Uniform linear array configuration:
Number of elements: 24
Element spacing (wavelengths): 0.5
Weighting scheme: binomial
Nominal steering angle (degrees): -60
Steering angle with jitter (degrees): -59.455
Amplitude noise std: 0.05
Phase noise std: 0.05

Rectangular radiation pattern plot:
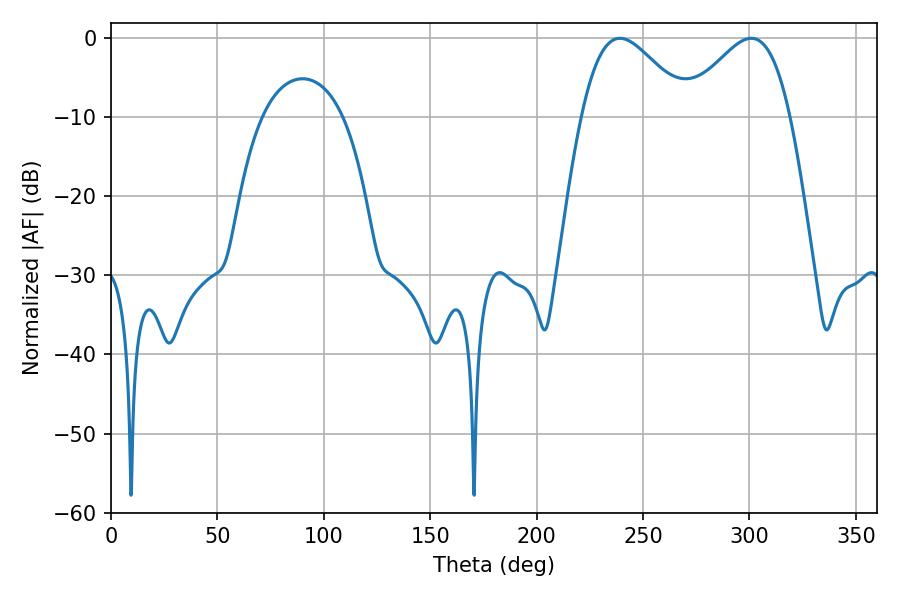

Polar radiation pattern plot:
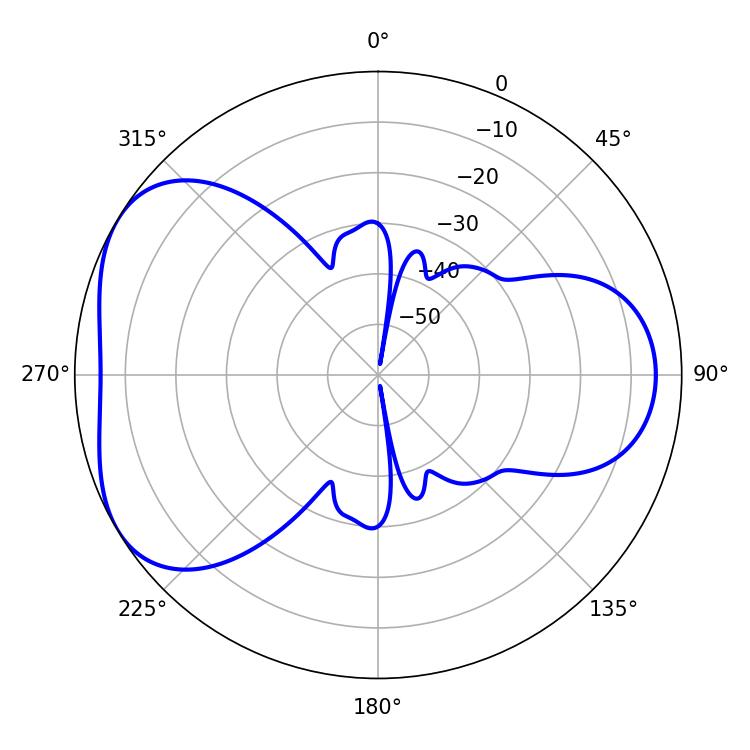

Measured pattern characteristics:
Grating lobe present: FALSE
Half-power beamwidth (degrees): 26.82
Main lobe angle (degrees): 239.22